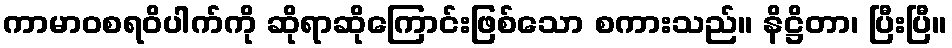
ကာမာဝစရဝိပါက်ကို ဆိုရာဆိုကြောင်းဖြစ်သော စကားသည်။ နိဋ္ဌိတာ၊ ပြီးပြီ။